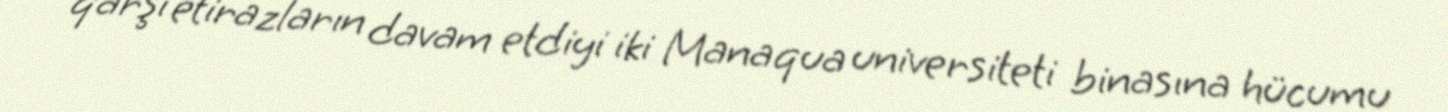
qarşı etirazların davam etdiyi iki Manaqua universiteti binasına hücumu